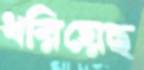
ধরিয়েছ